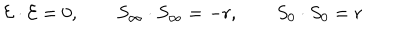
{ \cal { E } } \cdot { \cal { E } } = 0 , \qquad S _ { \infty } \cdot S _ { \infty } = - r , \qquad S _ { 0 } \cdot S _ { 0 } = r